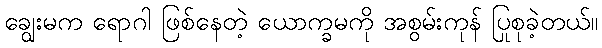
ချွေးမက ရောဂါ ဖြစ်နေတဲ့ ယောက္ခမကို အစွမ်းကုန် ပြုစုခဲ့တယ်။